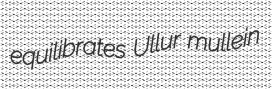
equilibrates Ullur mullein